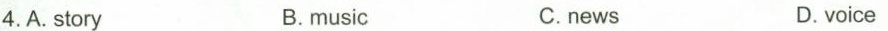
4.A. Story B.music C.news D.voice